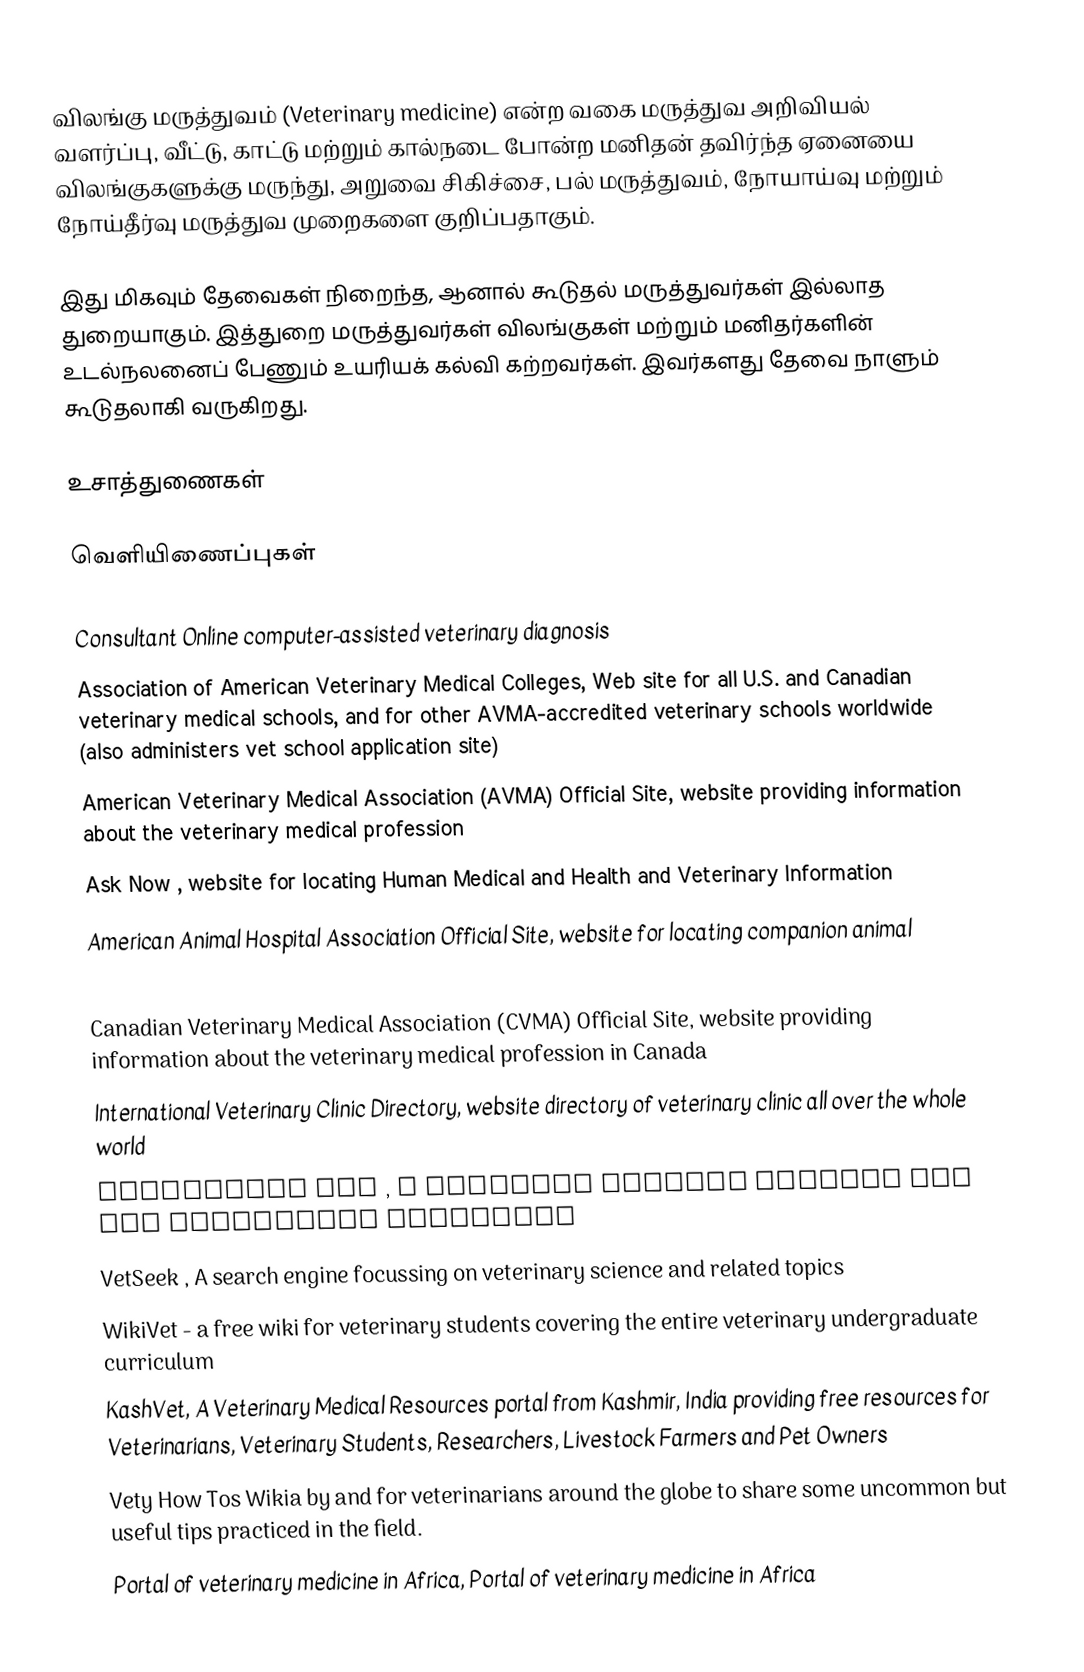
விலங்கு மருத்துவம் (Veterinary medicine) என்ற வகை மருத்துவ அறிவியல் வளர்ப்பு, வீட்டு, காட்டு மற்றும் கால்நடை போன்ற மனிதன் தவிர்ந்த ஏனையை விலங்குகளுக்கு மருந்து, அறுவை சிகிச்சை, பல் மருத்துவம், நோயாய்வு மற்றும் நோய்தீர்வு மருத்துவ முறைகளை குறிப்பதாகும்.

இது மிகவும் தேவைகள் நிறைந்த, ஆனால் கூடுதல் மருத்துவர்கள் இல்லாத துறையாகும். இத்துறை மருத்துவர்கள் விலங்குகள் மற்றும் மனிதர்களின் உடல்நலனைப் பேணும் உயரியக் கல்வி கற்றவர்கள். இவர்களது தேவை நாளும் கூடுதலாகி வருகிறது.

உசாத்துணைகள்

வெளியிணைப்புகள்

 Consultant Online computer-assisted veterinary diagnosis
 Association of American Veterinary Medical Colleges, Web site for all U.S. and Canadian veterinary medical schools, and for other AVMA-accredited veterinary schools worldwide (also administers vet school application site)
 American Veterinary Medical Association (AVMA) Official Site, website providing information about the veterinary medical profession
 Ask Now , website for locating Human Medical and Health and Veterinary Information
 American Animal Hospital Association Official Site, website for locating companion animal
hospitals
 Canadian Veterinary Medical Association (CVMA) Official Site, website providing information about the veterinary medical profession in Canada
 International Veterinary Clinic Directory, website directory of veterinary clinic all over the whole world
 Veterinary MLS , A multiple listing service for the veterinary community
 VetSeek , A search engine focussing on veterinary science and related topics
 WikiVet - a free wiki for veterinary students covering the entire veterinary undergraduate curriculum
 KashVet, A Veterinary Medical Resources portal from Kashmir, India providing free resources for Veterinarians, Veterinary Students, Researchers, Livestock Farmers and Pet Owners
 Vety How Tos Wikia by and for veterinarians around the globe to share some uncommon but useful tips practiced in the field.
 Portal of veterinary medicine in Africa, Portal of veterinary medicine in Africa